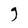
Character: g